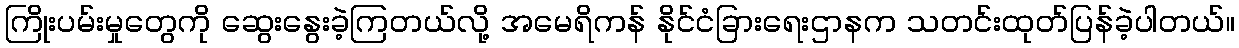
ကြိုးပမ်းမှုတွေကို ဆွေးနွေးခဲ့ကြတယ်လို့ အမေရိကန် နိုင်ငံခြားရေးဌာနက သတင်းထုတ်ပြန်ခဲ့ပါတယ်။